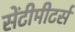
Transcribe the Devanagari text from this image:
सेंटीमीटर्स